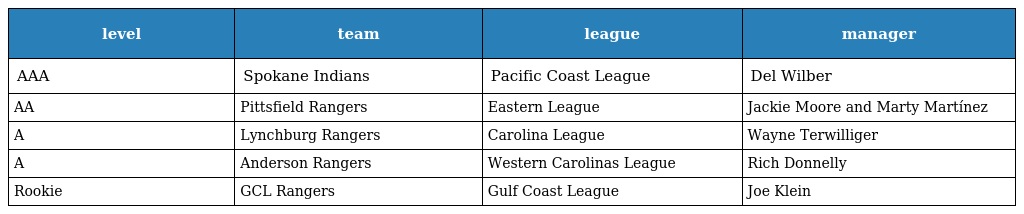
| level | team | league | manager |
 | --- | --- | --- | --- |
 | AAA | Spokane Indians | Pacific Coast League | Del Wilber |
 | AA | Pittsfield Rangers | Eastern League | Jackie Moore and Marty Martínez |
 | A | Lynchburg Rangers | Carolina League | Wayne Terwilliger |
 | A | Anderson Rangers | Western Carolinas League | Rich Donnelly |
 | Rookie | GCL Rangers | Gulf Coast League | Joe Klein |